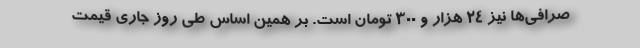
صرافی‌ها نیز ۲۴ هزار و ۳۰۰ تومان است. بر همین‌ اساس طی روز جاری قیمت